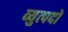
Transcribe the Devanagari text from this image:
व्युत्पदों